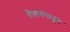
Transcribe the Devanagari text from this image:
तेलगंनातून